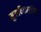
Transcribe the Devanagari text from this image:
मुत्रविकारांवर